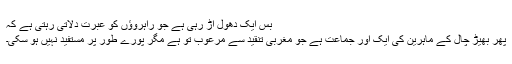
بس ایک دھول اڑ رہی ہے جو راہروؤں کو عبرت دلاتی رہتی ہے کہ
پھر بھیڑ چال کے ماہرین کی ایک اور جماعت ہے جو مغربی تنقید سے مرعوب تو ہے مگر پورے طور پر مستفید نہیں ہو سکی۔